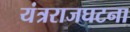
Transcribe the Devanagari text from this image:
यंत्रराजघटना